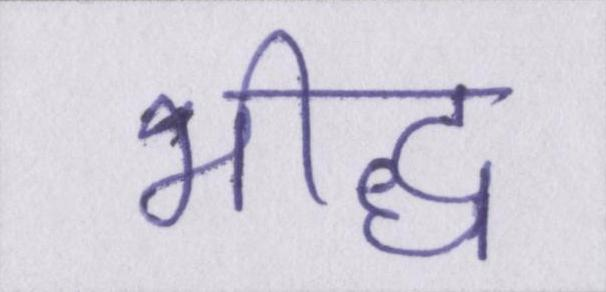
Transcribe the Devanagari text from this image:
भीद्ध